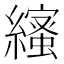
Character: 𦆥